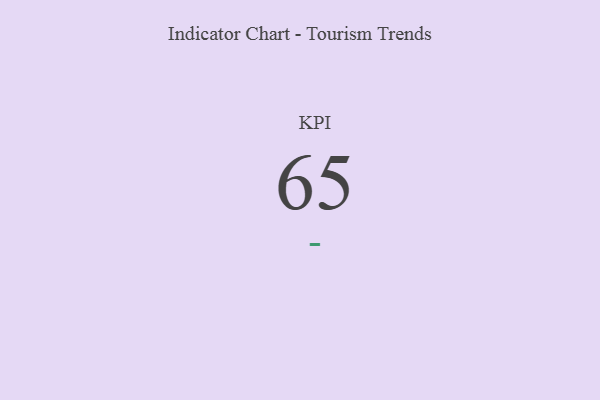
{"axis": {"x": "KPI", "y": "Value"}, "legend": [""], "data": [{"x": "KPI", "y": 65, "type": ""}]}